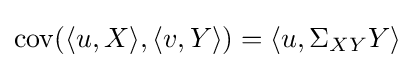
\operatorname {cov} (\langle u,X\rangle ,\langle v,Y\rangle )=\langle u,\Sigma _{XY}Y\rangle